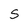
Character: S